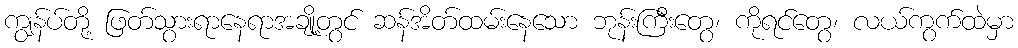
ကျွန်ပ်တို့ ဖြတ်သွားရာနေရာအချို့တွင် ဆန်အိတ်ထမ်းနေသော ဘုန်းကြီးတွေ၊ ကိုရင်တွေ၊ လယ်ကွက်ထဲမှာ